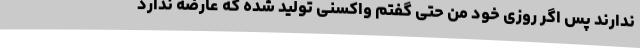
ندارند پس اگر روزی خود من حتی گفتم واکسنی تولید شده که عارضه ندارد